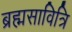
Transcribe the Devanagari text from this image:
ब्रह्मसावित्रि